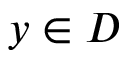
y \in D